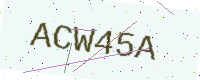
Text: ACW45A